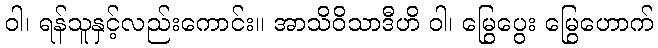
ဝါ၊ ရန်သူနှင့်လည်းကောင်း။ အာသိဝိသာဒီဟိ ဝါ၊ မြွေပွေး မြွေဟောက်